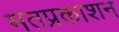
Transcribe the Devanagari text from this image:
मतप्रकाशन